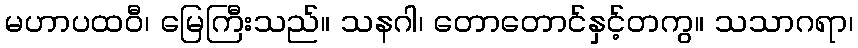
မဟာပထဝီ၊ မြေကြီးသည်။ သနဂါ၊ တောတောင်နှင့်တကွ။ သသာဂရာ၊